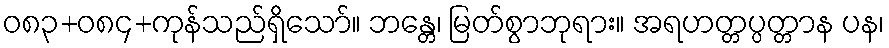
ဝ၈၃+၀၈၄+ကုန်သည်ရှိသော်။ ဘန္တေ၊ မြတ်စွာဘုရား။ အရဟတ္တပ္ပတ္တာန ပန၊